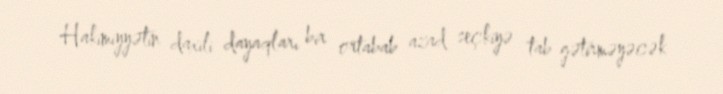
Hakimiyyətin daxili dayaqları bir ortabab azad seçkiyə tab gətirməyəcək